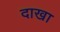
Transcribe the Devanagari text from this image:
दाखा